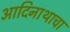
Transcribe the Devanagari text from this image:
आदिनाथाचा